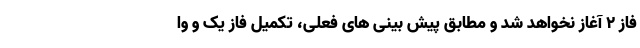
فاز ۲ آغاز نخواهد شد و مطابق پیش بینی های فعلی، تکمیل فاز یک و وا